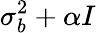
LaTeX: \sigma_{b}^{2}+\alpha I